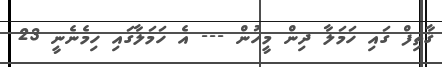
ޤާތިފް ގައި ހަމަލާ ދިން މީހުން --- އެ ހަމަލާގައި ހިމެނެނީ 23